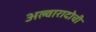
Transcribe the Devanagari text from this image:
अल्वारादोची